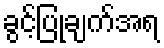
ခွင့်ပြုချက်အရ